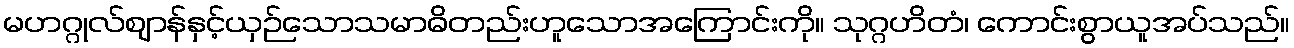
မဟဂ္ဂုလ်ဈာန်နှင့်ယှဉ်သောသမာဓိတည်းဟူသောအကြောင်းကို။ သုဂ္ဂဟိတံ၊ ကောင်းစွာယူအပ်သည်။